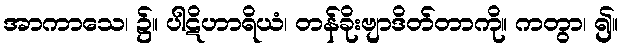
အာကာသေ၊ ၌။ ပါဋိဟာရိယံ၊ တန်ခိုးဗျာဒိတ်တာကို။ ကတွာ၊ ၍။